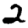
Digit: 2